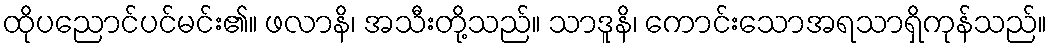
ထိုပညောင်ပင်မင်း၏။ ဖလာနိ၊ အသီးတို့သည်။ သာဒူနိ၊ ကောင်းသောအရသာရှိကုန်သည်။